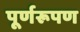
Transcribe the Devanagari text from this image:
पूर्णरूपण